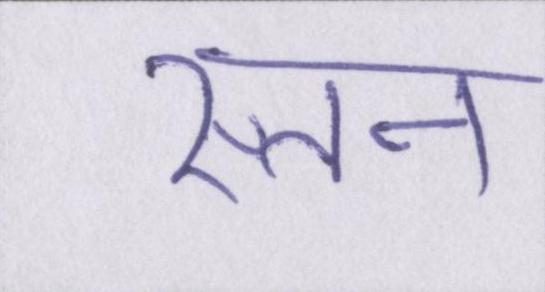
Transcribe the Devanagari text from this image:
स्तन